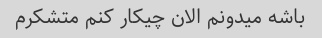
باشه میدونم الان چیکار کنم متشکرم